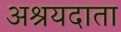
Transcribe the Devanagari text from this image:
अश्रयदाता